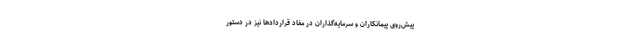
پیش‌روی پیمانکاران و سرمایه‌گذاران در مفاد قراردادها نیز در دستور